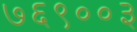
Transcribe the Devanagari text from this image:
७६९००३